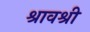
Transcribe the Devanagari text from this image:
श्रावश्री